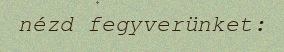
nézd fegyverünket: